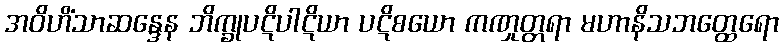
အဝိဟိံသာဆန္ဒေန ဘိက္ခုပဋိပါဋိယာ ပဋိစယော ကဏှုတ္တရာ မဟာနိသဘတ္ထေရော